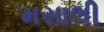
મસાલી